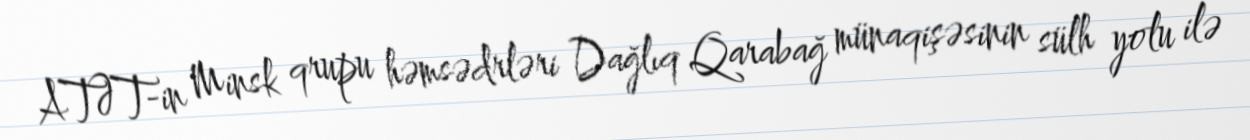
ATƏT-in Minsk qrupu həmsədrləri Dağlıq Qarabağ münaqişəsinin sülh yolu ilə